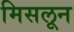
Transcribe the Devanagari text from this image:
मिसलून